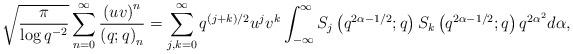
LaTeX: \begin{align*}\sqrt{\frac{\pi}{\log q^{-2}}}\sum_{n=0}^{\infty}\frac{\left(uv\right)^{n}}{\left(q;q\right)_{n}}=\sum_{j,k=0}^{\infty}q^{\left(j+k\right)/2}u^{j}v^{k}\int_{-\infty}^{\infty}S_{j}\left(q^{2\alpha-1/2};q\right)S_{k}\left(q^{2\alpha-1/2};q\right)q^{2\alpha^{2}}d\alpha,\end{align*}